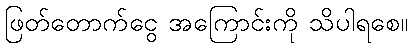
ဖြတ်တောက်ငွေ အကြောင်းကို သိပါရစေ။